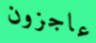
عاجزون